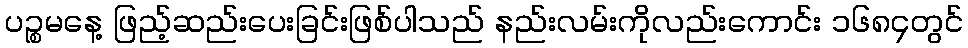
ပဉ္စမနေ့ ဖြည့်ဆည်းပေးခြင်းဖြစ်ပါသည် နည်းလမ်းကိုလည်းကောင်း ၁၆၈၄တွင်